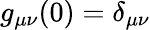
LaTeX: g_{\mu\nu}(0)=\delta_{\mu\nu}